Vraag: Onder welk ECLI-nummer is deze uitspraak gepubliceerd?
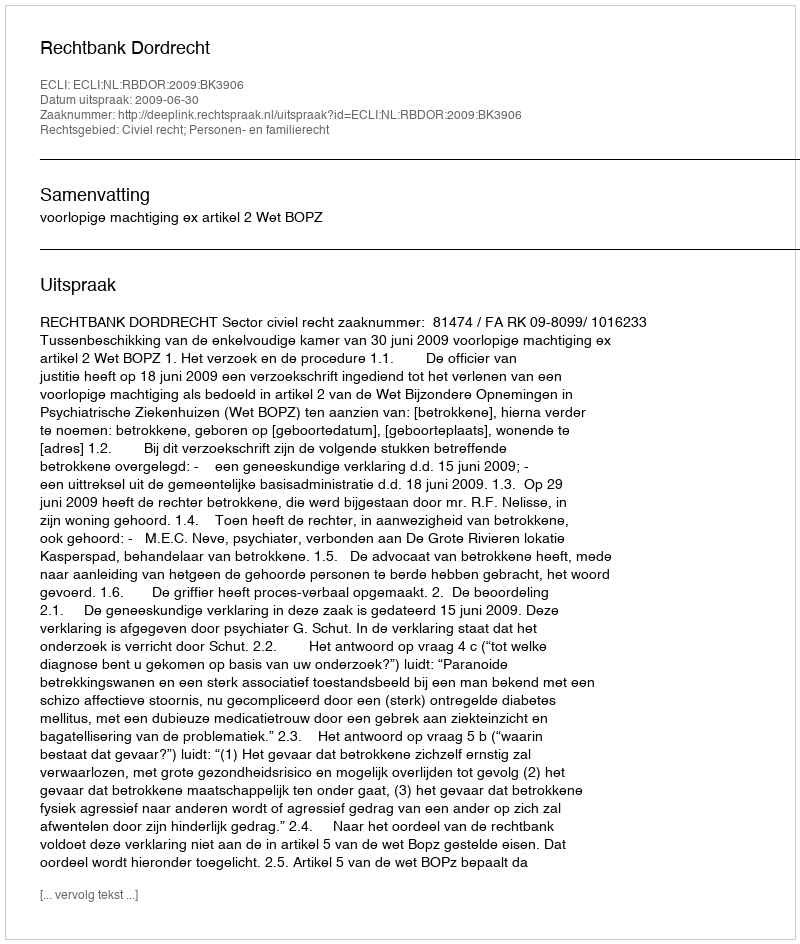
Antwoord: ECLI:NL:RBDOR:2009:BK3906